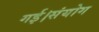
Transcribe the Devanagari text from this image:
गई।संयोग